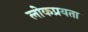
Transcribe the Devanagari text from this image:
लोकप्रयता